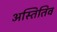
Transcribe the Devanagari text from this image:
अस्तितिव